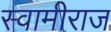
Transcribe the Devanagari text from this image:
स्वामीराज